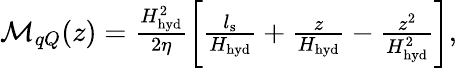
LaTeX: \begin{array}{r}{\mathcal{M}_{qQ}(z)=\frac{H_{\mathrm{hyd}}^{2}}{2\eta}\left[\frac{l_{\mathrm{s}}}{H_{\mathrm{hyd}}}+\frac{z}{H_{\mathrm{hyd}}}-\frac{z^{2}}{H_{\mathrm{hyd}}^{2}}\right],}\end{array}